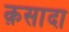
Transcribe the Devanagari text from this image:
क़सादा